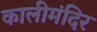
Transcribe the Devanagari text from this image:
कालीमंदिर